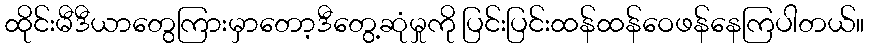
ထိုင်းမီဒီယာတွေကြားမှာတော့ဒီတွေ့ဆုံမှုကို ပြင်းပြင်းထန်ထန်ဝေဖန်နေကြပါတယ်။